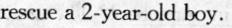
rescue a 2-year-old boy.